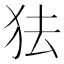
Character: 㹤